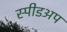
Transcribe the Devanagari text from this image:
स्पीडअप